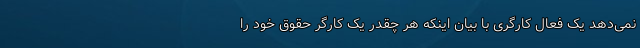
نمی‌دهد یک فعال کارگری با بیان اینکه هر چقدر یک کارگر حقوق خود را